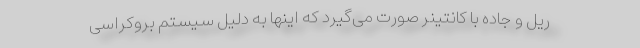
ریل و جاده با کانتینر صورت می‌گیرد که اینها به دلیل سیستم بروکراسی